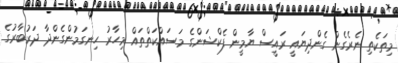
މިތަކެތި ނެރެގެން ގެންދިޔައީ ރައީސް ޔާމީން ފެކްޝަންގެ މަސައްކަތްތައް މިހާރު ހިނގަމުންގެންދާ ދަރުބާރުގެ